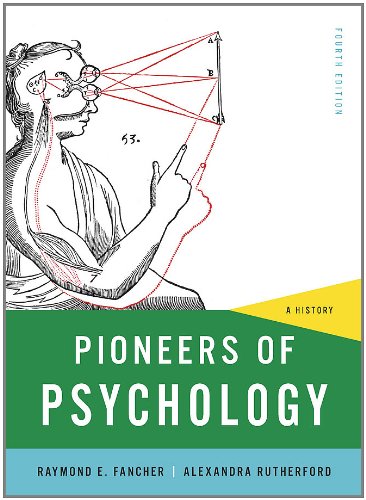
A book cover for Pioneers of Psychology: A History (Fourth Edition); Raymond E. Fancher; Medical Books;